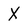
Character: X